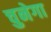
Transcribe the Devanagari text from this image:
चुनेगा